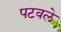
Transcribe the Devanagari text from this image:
पटवले